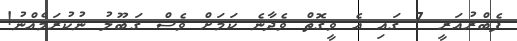
ފެބްރުއަރީ 7 ގައި އެ ވީގޮތް ވެދާނެ ކަމަށް ވެސް ގަބޫލު ނުކުރަމެއްނު!